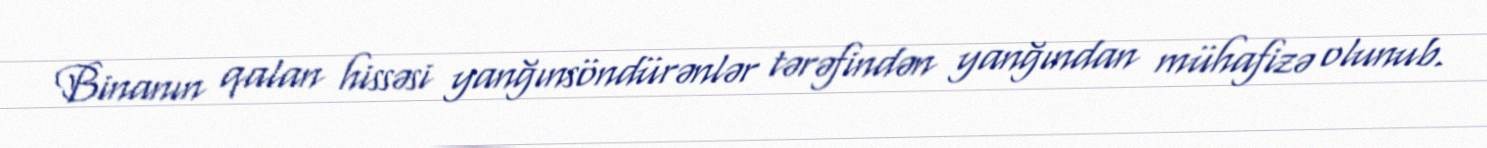
Binanın qalan hissəsi yanğınsöndürənlər tərəfindən yanğından mühafizə olunub.